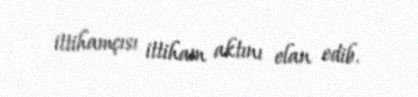
ittihamçısı ittiham aktını elan edib.